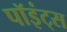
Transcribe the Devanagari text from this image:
पॉइंट्‌स